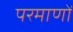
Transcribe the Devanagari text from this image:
परमाणों